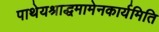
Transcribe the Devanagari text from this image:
पाथेयश्राद्धमामेनकार्यमिति